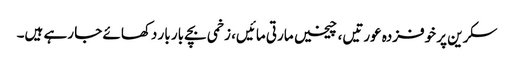
سکرین پر خوفزدہ عورتیں، چیخیں مارتی مائیں، زخمی بچے بار بار دکھائے جا رہے ہیں۔